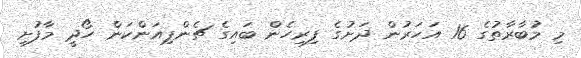
މި މުބާރާތުގެ 16 އަހަރުން ދަށުގެ ފިރިހެން ބައިގެ ޗެންޕިއަންކަން ހޯދީ މާފުށި